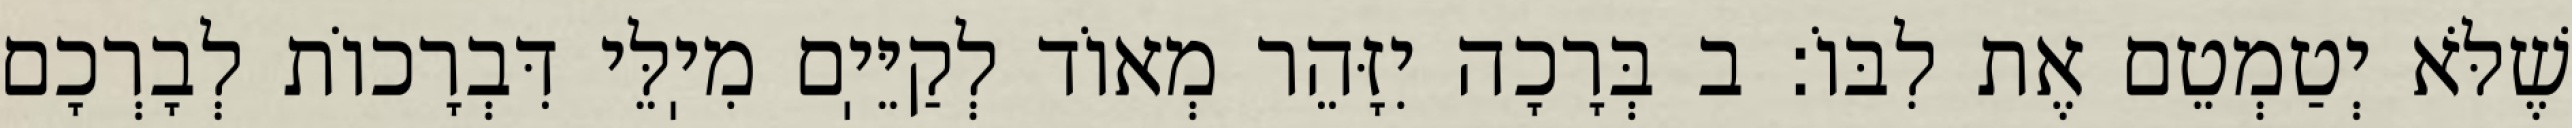
שֶׁלֹּא יְטַמְטֵם אֶת לִבּוֹ: ב בְּרָכָה יִזָּהֵר מְאוֹד לְקַיֵּיֽם מִיֽלֵּי דִּבְרָכוֹת לְבָרְכָם